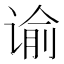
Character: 谕